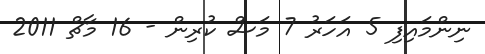
ނިންމައިފި 5 އަހަރު 7 މަސް ކުރިން - 16 މާޗް 2011